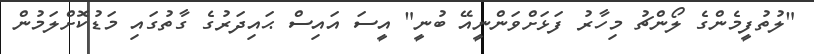
"ލުތުފީމެންގެ ލޯންޗު މިހާރު ފަޅަށްވަންނީއޭ ބުނީ" އީސަ އައިސް ޙައިދަރުގެ ގާތުގައި މަޑުކޮށްލަމުން